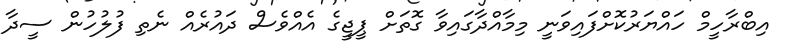
އިބްރާހީމް ހައްޔަރުކޮށްފައިވަނީ މިމާއްދާގައިވާ ގޮތަށް ޕީޖީގެ އެެއްވެސް ދައުރެއް ނެތި ފުލުހުން ސީދާ